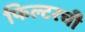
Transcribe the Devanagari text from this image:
फिल्टरची